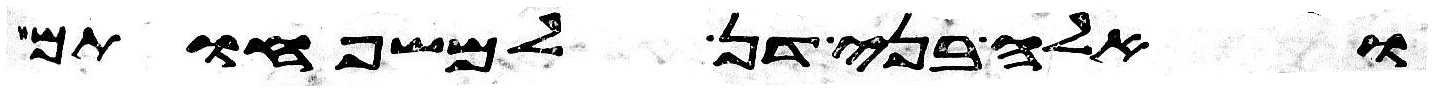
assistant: ואלה בני דן למשפחותם